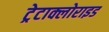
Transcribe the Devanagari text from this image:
ट्रेटाक्लोराइड